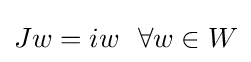
Jw=iw~~\forall w\in W